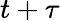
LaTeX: t+\tau